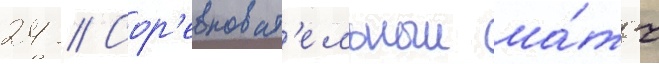
24 // Сор'евноват'ельныи ма́тч